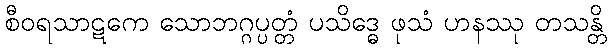
စီဝရသာဋကေ သောဘဂ္ဂပ္ပတ္တံ ပသိဒ္ဓေ ဖုသံ ဟနဿု တသန္တိ